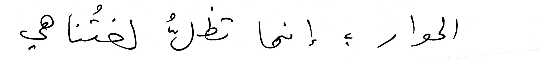
الحوار ؛ إنما تظلُّ لغتُنا هي